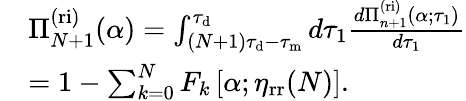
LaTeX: \begin{array}{rl}&{\Pi_{N+1}^{\mathrm{(ri)}}(\alpha)=\int_{(N+1)\tau_{\mathrm{d}}-\tau_{\mathrm{m}}}^{\tau_{\mathrm{d}}}d\tau_{1}\frac{d\Pi_{n+1}^{\mathrm{(ri)}}(\alpha;\tau_{1})}{d\tau_{1}}}\\ &{=1-\sum_{k=0}^{N}F_{k}\left[\alpha;\eta_{\mathrm{rr}}(N)\right].}\end{array}